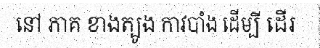
នៅ ភាគ ខាងត្បូង កាវបាំង ដើម្បី ដើរ